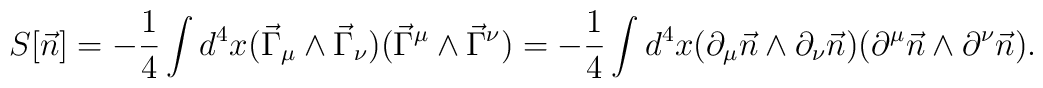
S[\vec{n}]=-\frac{1}{4} \int d^4x (\vec{\Gamma}_\mu \wedge \vec{\Gamma}_\nu) (\vec{\Gamma}^\mu \wedge \vec{\Gamma}^\nu)=-\frac{1}{4} \int d^4x (\partial_\mu\vec{n} \wedge \partial_\nu\vec{n})(\partial^\mu\vec{n} \wedge \partial^\nu\vec{n}).